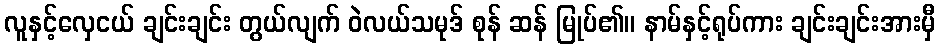
လူနှင့်လှေငယ် ချင်းချင်း တွယ်လျက် ဝဲလယ်သမုဒ် စုန် ဆန် မြုပ်၏။ နာမ်နှင့်ရုပ်ကား ချင်းချင်းအားမှီ